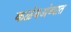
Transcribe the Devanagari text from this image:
कळंबअंब्यात